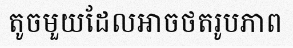
តូចមួយដែលអាចថតរូបភាព